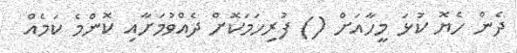
ދެން ހެޔޮ ކުޅަ މީހާއަށް () ފުރިހަމަކޮށް ދެއްވުމަށާއި ކޮންމެ ކަމެއް